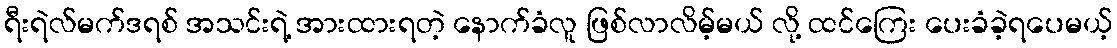
ရီးရဲလ်မက်ဒရစ် အသင်းရဲ့ အားထားရတဲ့ နောက်ခံလူ ဖြစ်လာလိမ့်မယ် လို့ ထင်ကြေး ပေးခံခဲ့ရပေမယ့်